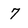
Character: 7